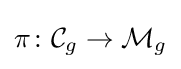
\pi \colon {\mathcal {C}}_{g}\rightarrow {\mathcal {M}}_{g}